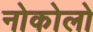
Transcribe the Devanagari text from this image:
नोकोलो